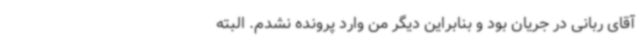
آقای ربانی در جریان بود و بنابراین دیگر من وارد پرونده نشدم. البته